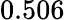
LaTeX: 0.506